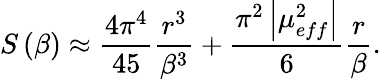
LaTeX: S\left(\beta\right)\approx\frac{4\pi^{4}}{45}\frac{r^{3}}{\beta^{3}}+\frac{\pi^{2}\left|\mu_{eff}^{2}\right|}{6}\frac{r}{\beta}.